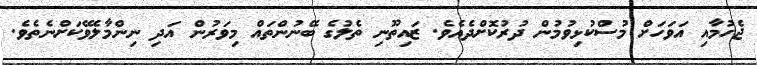
ޖެހުމާއި އަވަހަށް މުސްކުޅިވުމުން ދުރުކޮށްދެއެވެ. ޒައިތޫނި ތެލުގެ ބޭނުންތައް މިވަރުން އަދި ނިންމާލެވޭކަށްނެތެވެ.